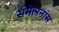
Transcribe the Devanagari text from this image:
संमेलनांस